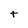
Character: t